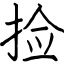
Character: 捡